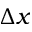
\Delta x